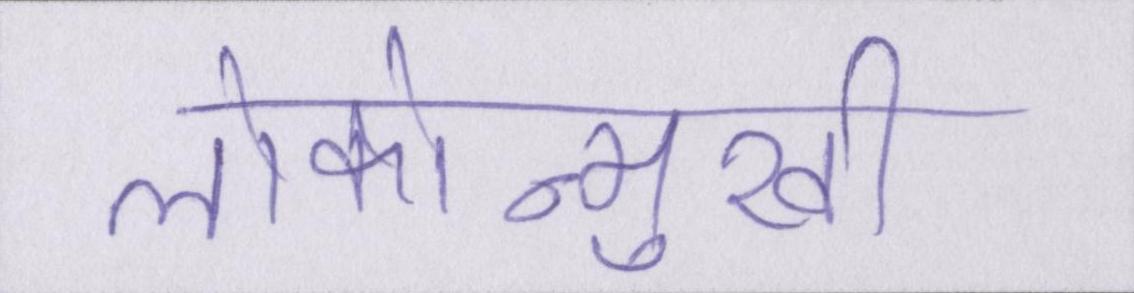
लोकोन्मुखी